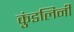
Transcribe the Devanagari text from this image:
कुंडलिनी